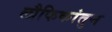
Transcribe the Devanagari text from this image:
लौकिकांतुन